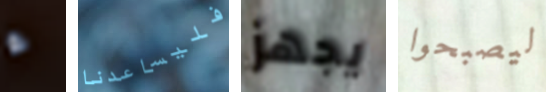
ء فليساعدنا يجهز ليصبحوا